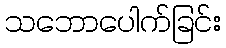
သဘောပေါက်ခြင်း